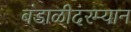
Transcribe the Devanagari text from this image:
बंडाळीदरम्यान